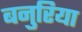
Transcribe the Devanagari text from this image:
बनुरिया